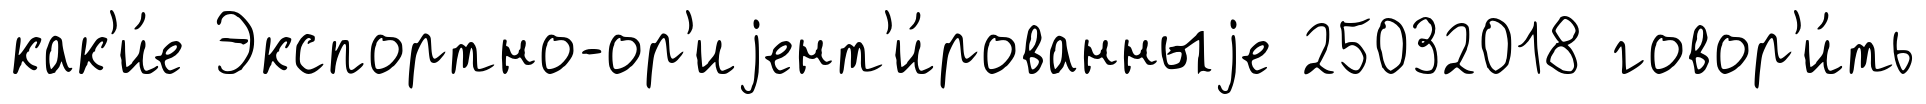
как'и́е Экспортно-ор'иjент'и́рованныjе 25032018 говор'и́ть